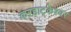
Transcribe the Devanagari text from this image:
करहाट्केश्वर